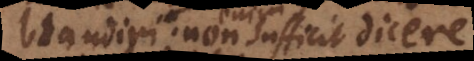
blandiri; non sufficit dicere